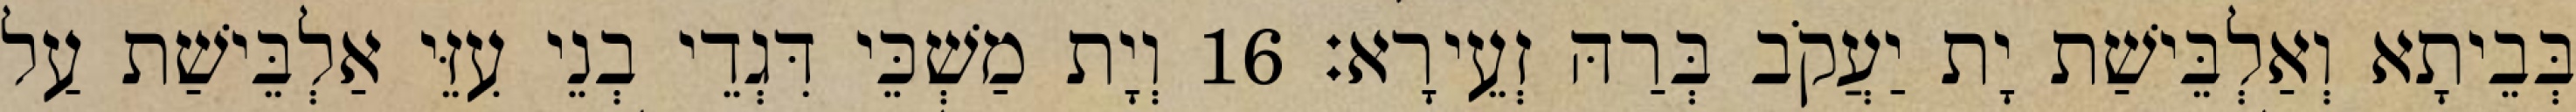
בְּבֵיתָא וְאַלְבֵּישַׁת יָת יַעֲקֹב בְּרַהּ זְעֵירָא׃ 16 וְיָת מַשְׁכֵּי דִּגְדֵי בְנֵי עִזֵּי אַלְבֵּישַׁת עַל